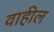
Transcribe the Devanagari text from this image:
वाहील